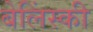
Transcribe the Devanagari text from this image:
बेलिंस्की